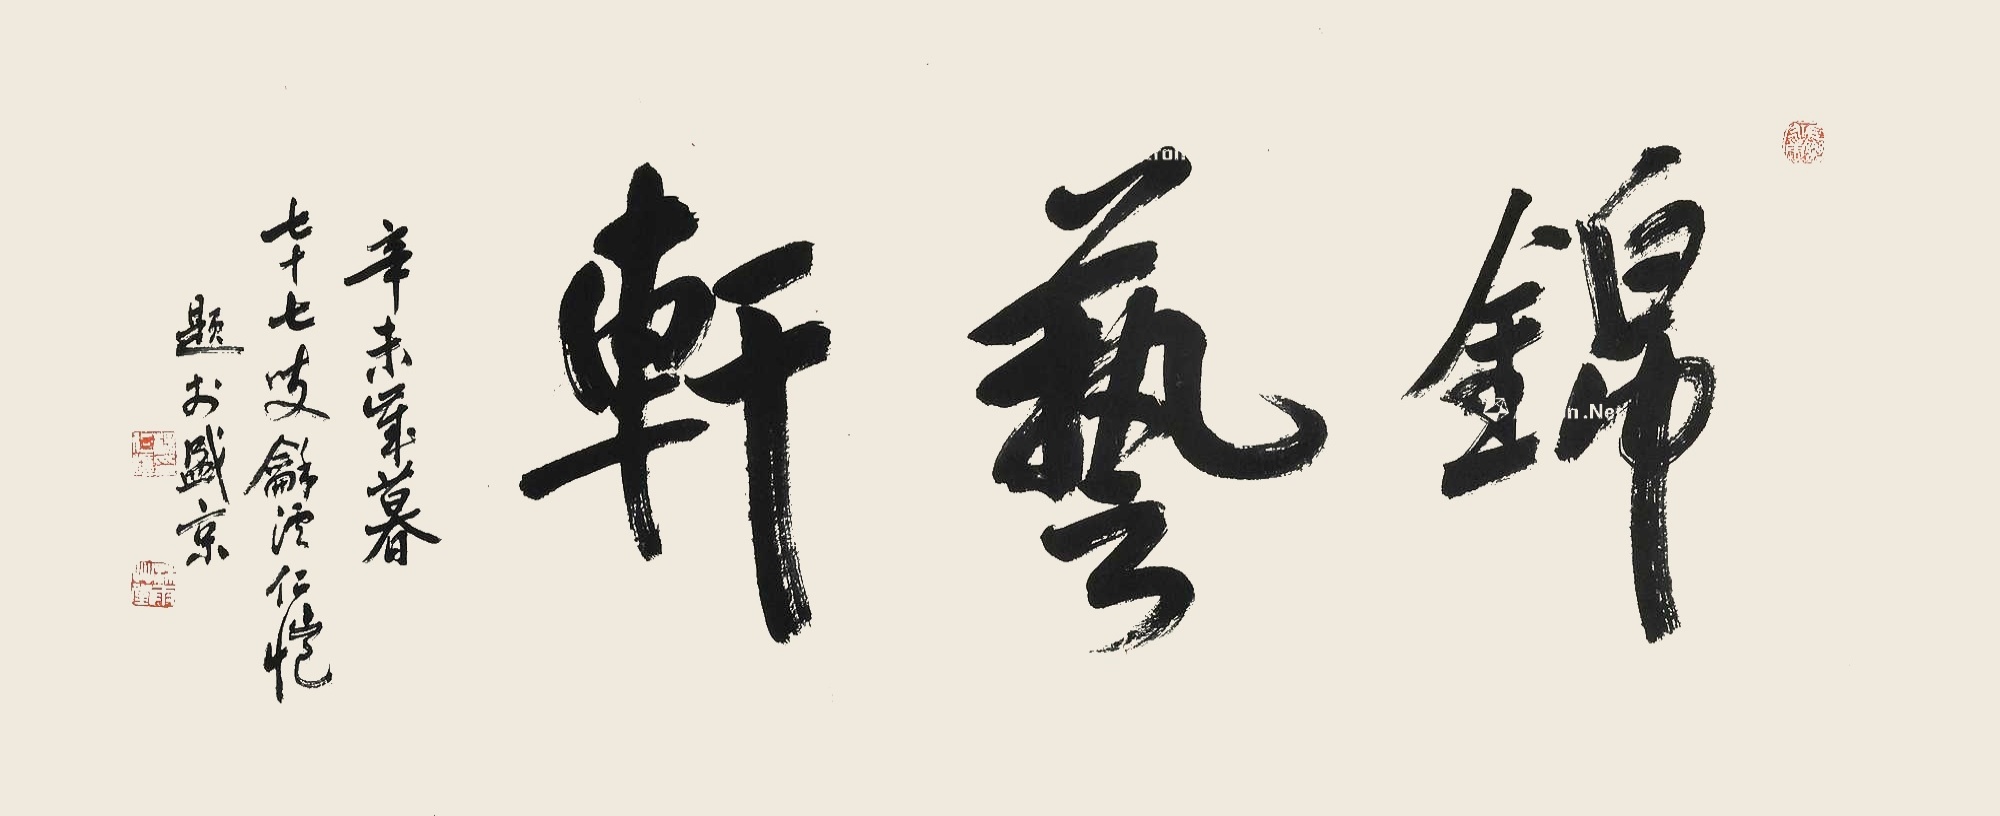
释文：锦艺轩辛未岁暮 七十七叟龢溪仁恺题于盛京